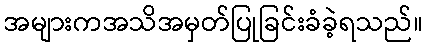
အများကအသိအမှတ်ပြုခြင်းခံခဲ့ရသည်။